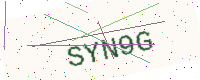
Text: SYN9G